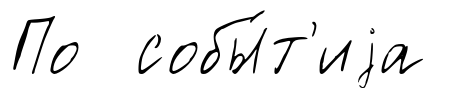
По собы́т'иjа